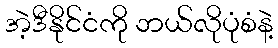
အဲ့ဒီနိုင်ငံကို ဘယ်လိုပုံစံနဲ့